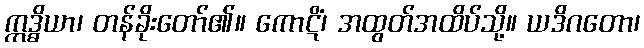
ဣဒ္ဓိယာ၊ တန်ခိုးတော်၏။ ကောဋိံ၊ အထွတ်အထိပ်သို့။ ယဒိဂတော၊